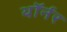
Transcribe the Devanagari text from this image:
थॉर्नर